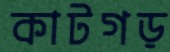
কাটগড়